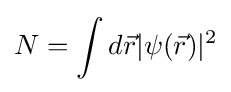
N=\int d{\vec {r}}|\psi ({\vec {r}})|^{2}